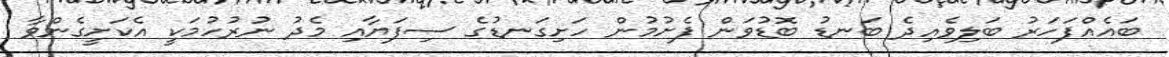
ބައެއްފަހަރު ބަލިވެއިދެ ބަނޑު ބޮޑުވަން ފެށުމުން ހަށިގަނޑުގެ ސިފަޔާއި މެދު ނުރުހުމަކީ އެކަށީގެންވާ